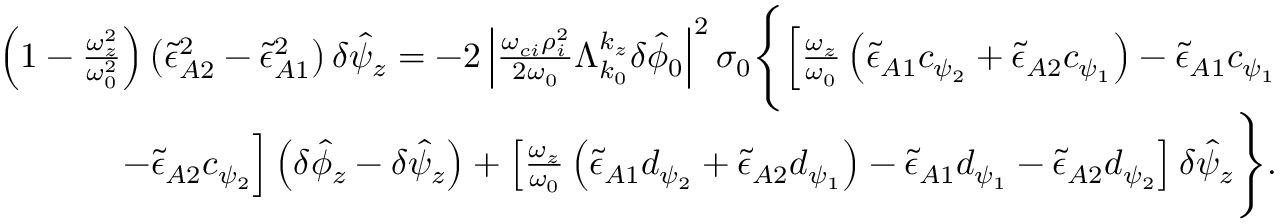
\begin{array} { r } { \left( 1 - \frac { \omega _ { z } ^ { 2 } } { \omega _ { 0 } ^ { 2 } } \right) \left( \tilde { \epsilon } _ { A 2 } ^ { 2 } - \tilde { \epsilon } _ { A 1 } ^ { 2 } \right) \delta \hat { \psi } _ { z } = - 2 \left| \frac { \omega _ { c i } \rho _ { i } ^ { 2 } } { 2 \omega _ { 0 } } \Lambda _ { k _ { 0 } } ^ { k _ { z } } \delta \hat { \phi } _ { 0 } \right| ^ { 2 } \sigma _ { 0 } \Bigg \{ \Big [ \frac { \omega _ { z } } { \omega _ { 0 } } \left( \tilde { \epsilon } _ { A 1 } c _ { \psi _ { 2 } } + \tilde { \epsilon } _ { A 2 } c _ { \psi _ { 1 } } \right) - \tilde { \epsilon } _ { A 1 } c _ { \psi _ { 1 } } } \\ { - \tilde { \epsilon } _ { A 2 } c _ { \psi _ { 2 } } \Big ] \left( \delta \hat { \phi } _ { z } - \delta \hat { \psi } _ { z } \right) + \left[ \frac { \omega _ { z } } { \omega _ { 0 } } \left( \tilde { \epsilon } _ { A 1 } d _ { \psi _ { 2 } } + \tilde { \epsilon } _ { A 2 } d _ { \psi _ { 1 } } \right) - \tilde { \epsilon } _ { A 1 } d _ { \psi _ { 1 } } - \tilde { \epsilon } _ { A 2 } d _ { \psi _ { 2 } } \right] \delta \hat { \psi } _ { z } \Bigg \} . } \end{array}